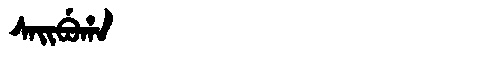
Manchu: ᠰᠠᡳᠪᡠᡥᠠ
Romanization: SAIBUHA